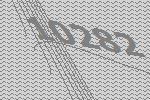
10282